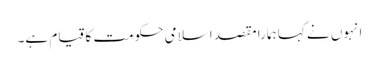
انہوں نے کہا ہمارا مقصد اسلامی حکومت کا قیام ہے۔